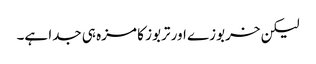
لیکن خربوزے اور تربوز کا مزہ ہی جدا ہے۔